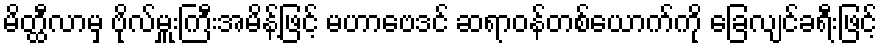
မိတ္ထီလာမှ ဗိုလ်မှူးကြီးအမိန့်ဖြင့် မဟာဗေဒင် ဆရာဝန်တစ်ယောက်ကို ခြေလျင်ခရီးဖြင့်